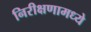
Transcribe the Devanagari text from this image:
निरीक्षणामध्ये